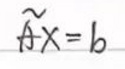
\(\tilde{A}x = b\)